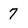
Character: 7